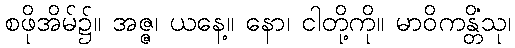
စဖိုအိမ်၌။ အဇ္ဇ၊ ယနေ့။ နော၊ ငါတို့ကို။ မာဝိကန္တိံသု၊